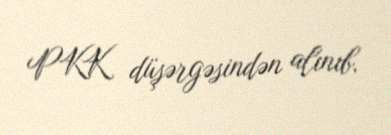
PKK düşərgəsindən alınıb.